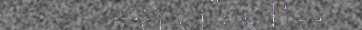
lea dïedte